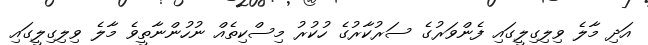
އަދި މާލެ ވިލިގިލީގައި ފެންވަރުގެ ސަރުކާރުގެ ހުކުރު މިސްކިތެއް ނުހުންނާތީވެ މާލެ ވިލިގިލީގައި